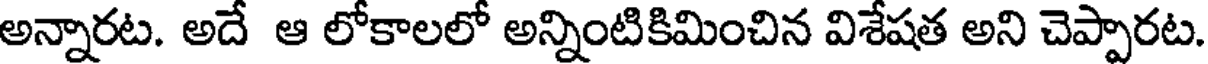
అన్నారట. అదే ఆ లోకాలలో అన్నింటికిమించిన విశేషత అని చెప్పారట.